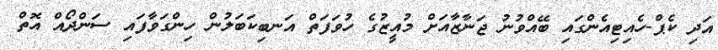
އަދި ކެޕް-ހެއިޓިއެންގައި ބޭއްވުނު ޖަނާޒާއަށް މުއީޒުގެ ހުވަފަތް އަނބިކަބަލުން ހިންގަވާފައި ސަންދޯއް އޮތް